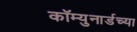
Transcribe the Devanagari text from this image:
कॉम्युनार्डच्या